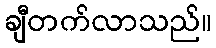
ချီတက်လာသည်။